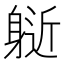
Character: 𨉘